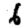
Digit: 6